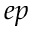
e p